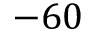
- 6 0